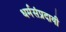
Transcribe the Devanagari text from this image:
धर्मसंप्रदायी